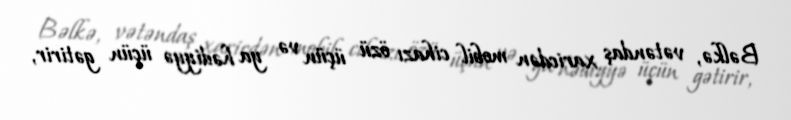
Bəlkə, vətəndaş xaricdən mobil cihazı özü üçün və ya hədiyyə üçün gətirir,